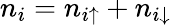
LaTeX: n_{i}=n_{i\uparrow}+n_{i\downarrow}